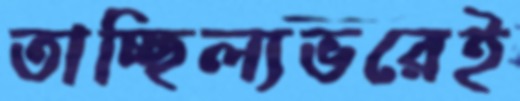
তাচ্ছিল্যভরেই